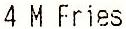
4 M FRIES